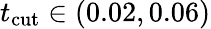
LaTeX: t_{\mathrm{cut}}\in(0.02,0.06)